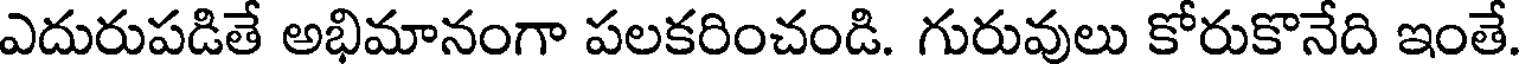
ఎదురుపడితే అభిమానంగా పలకరించండి. గురువులు కోరుకొనేది ఇంతే